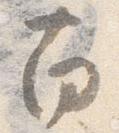
南